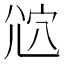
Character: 𡯠